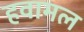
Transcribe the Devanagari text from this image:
हवामल